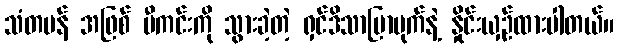
သံတမန် အဖြစ် ပီကင်းကို သွားခဲ့တဲ့ ရှင်ဒိသာပြာမုက်နဲ့ နှိုင်းယှဉ်ထားပါတယ်။